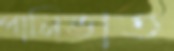
পানিভাত